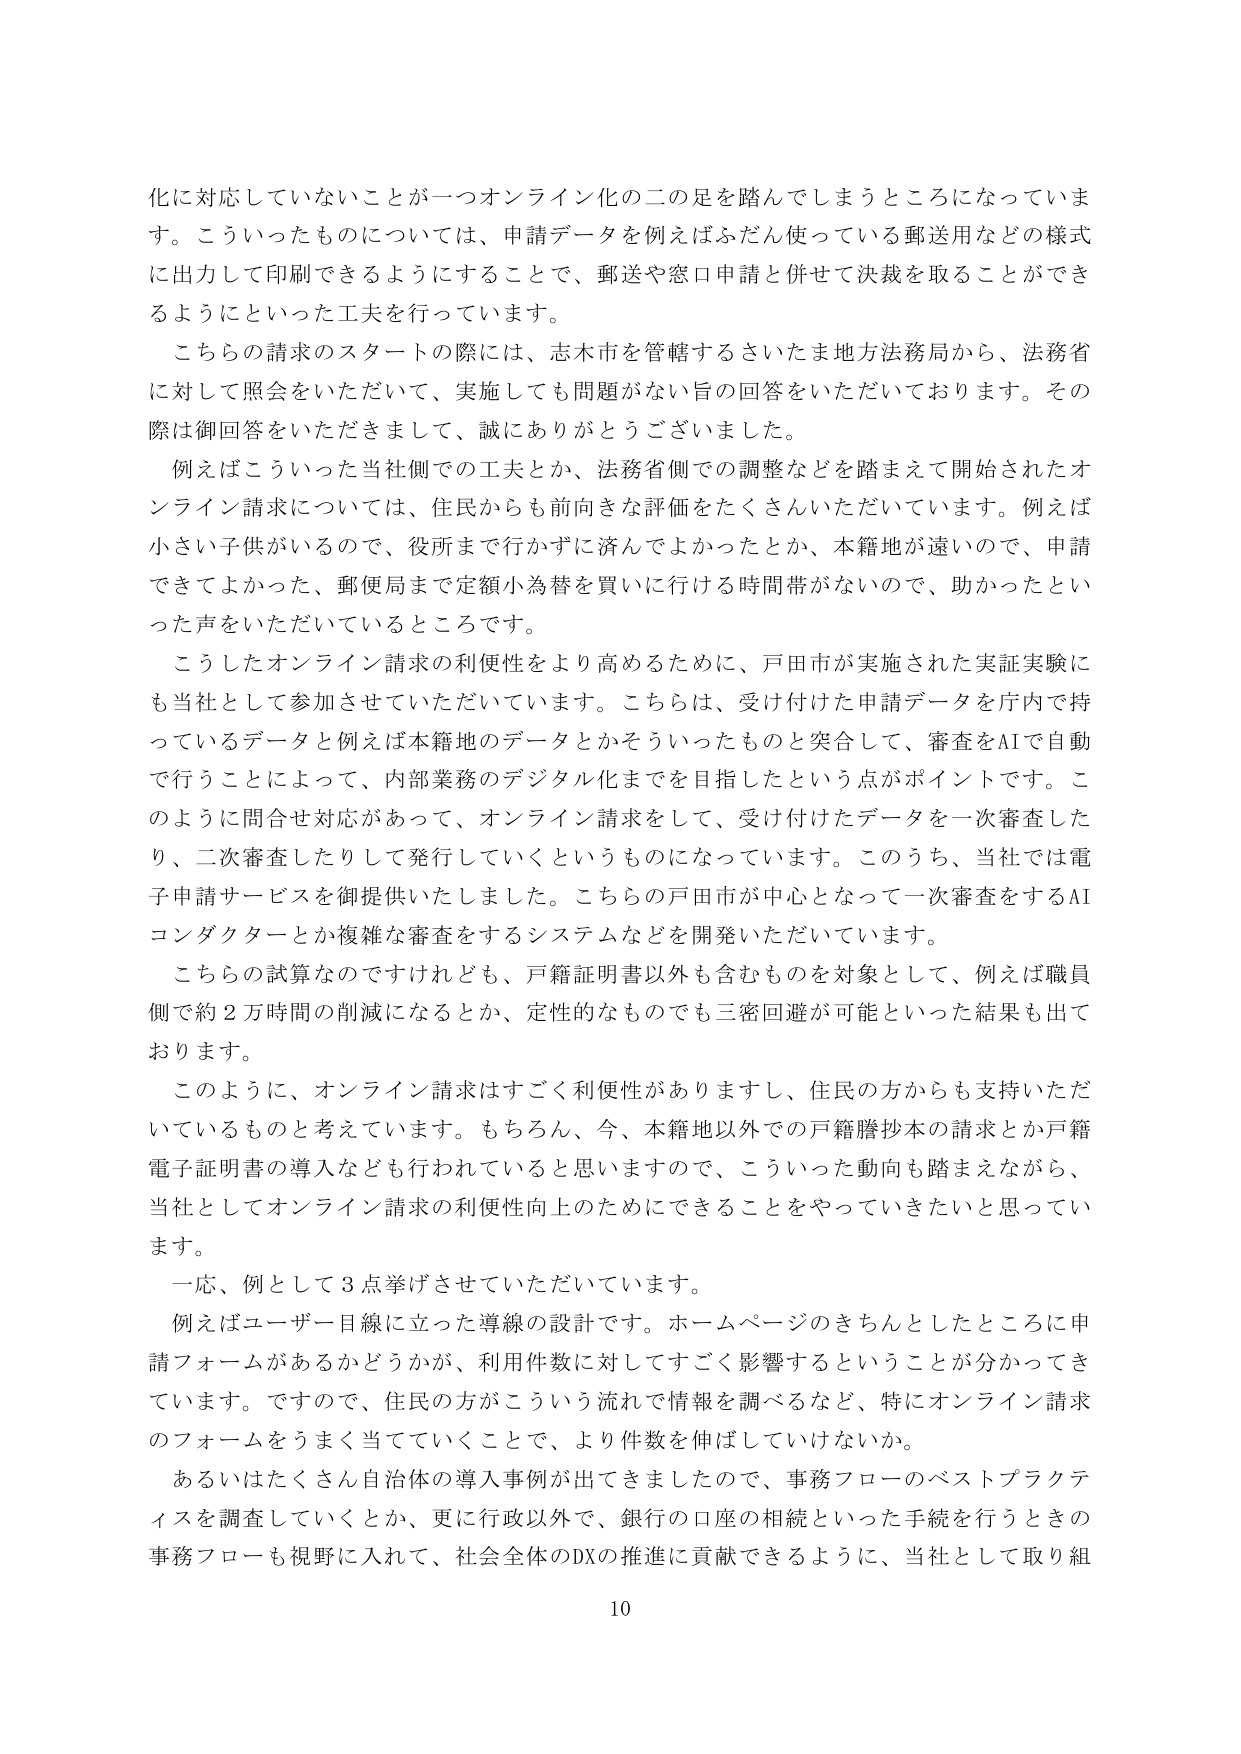
化に対応していないことが一つオンライン化の二の足を踏んでしまうところになっていま
す。こういったものについては、申請データを例えばふだん使っている郵送用などの様式
に出力して印刷できるようにすることで、郵送や窓口申請と併せて決裁を取ることができ
るようにといった工夫を行っています。
こちらの請求のスタートの際には、志木市を管轄するさいたま地方法務局から、法務省
に対して照会をいただいて、実施しても問題がない旨の回答をいただいております。その
際は御回答をいただきまして、誠にありがとうございました。
例えばこういった当社側での工夫とか、法務省側での調整などを踏まえて開始されたオ
ンライン請求については、住民からも前向きな評価をたくさんいただいています。例えば
小さい子供がいるので、役所まで行かずに済んでよかったとか、本籍地が遠いので、申請
できてよかった、郵便局まで定額小為替を買いに行ける時間帯がないので、助かったとい
った声をいただいているところです。
こうしたオンライン請求の利便性をより高めるために、戸田市が実施された実証実験に
も当社として参加させていただいています。こちらは、受け付けた申請データを庁内で持
っているデータと例えば本籍地のデータとかそういったものと突合して、審査をAIで自動
で行うことによって、内部業務のデジタル化までを目指したという点がポイントです。こ
のように問合せ対応があって、オンライン請求をして、受け付けたデータを一次審査した
り、二次審査したりして発行していくというものになっています。このうち、当社では電
子申請サービスを御提供いたしました。こちらの戸田市が中心となって一次審査をするAI
コンダクターとか複雑な審査をするシステムなどを開発いただいています。
こちらの試算なのですけれども、戸籍証明書以外も含むものを対象として、例えば職員
側で約２万時間の削減になるとか、定性的なものでも三密回避が可能といった結果も出て
おります。
このように、オンライン請求はすごく利便性がありますし、住民の方からも支持いただ
いているものと考えています。もちろん、今、本籍地以外での戸籍謄抄本の請求とか戸籍
電子証明書の導入なども行われていると思いますので、こういった動向も踏まえながら、
当社としてオンライン請求の利便性向上のためにできることをやっていきたいと思ってい
ます。
一応、例として３点挙げさせていただいています。
例えばユーザー目線に立った導線の設計です。ホームページのきちんとしたところに申
請フォームがあるかどうかが、利用件数に対してすごく影響するということが分かってき
ています。ですので、住民の方がこういう流れで情報を調べるなど、特にオンライン請求
のフォームをうまく当てていくことで、より件数を伸ばしていけないか。
あるいはたくさん自治体の導入事例が出てきましたので、事務フローのベストプラクテ
ィスを調査していくとか、更に行政以外で、銀行の口座の相続といった手続を行うときの
事務フローも視野に入れて、社会全体のDXの推進に貢献できるように、当社として取り組
10